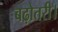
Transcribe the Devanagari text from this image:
बढ़ोतरी।